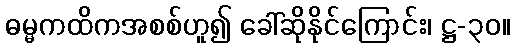
ဓမ္မကထိကအစစ်ဟူ၍ ခေါ်ဆိုနိုင်ကြောင်း၊ ဋ္ဌ-၃၀။